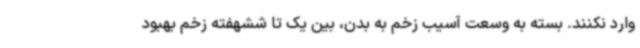
وارد نکنند. بسته به وسعت آسیب زخم به بدن، بین یک تا ششهفته زخم بهبود